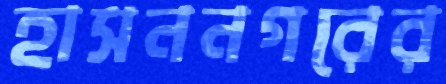
হাসননগরের